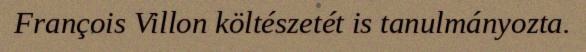
François Villon költészetét is tanulmányozta.